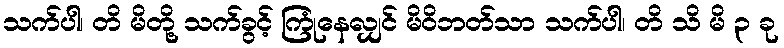
သက်ပါ၊ တိ မိတို့ သက်ခွင့် ကြုံနေလျှင် မိဝိဘတ်သာ သက်ပါ၊ တိ သိ မိ ၃ ခု